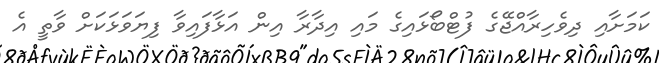
ކަމަށާއި ދިވެހިރާއްޖޭގެ ފުޓްބޯޅައިގެ މައި އިދާރާ އިން އަޅާފައިވާ ފިޔަވަޅަކަށް ވާތީ އެ